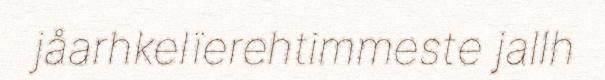
jåarhkelïerehtimmeste jallh